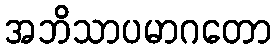
အဘိသာပမာဂတော